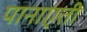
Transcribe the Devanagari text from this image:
पानाएती